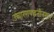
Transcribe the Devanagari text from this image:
उच्चारणपद्धतीनुसार